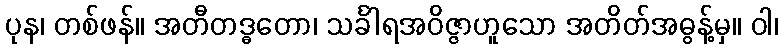
ပုန၊ တစ်ဖန်။ အတီတဒ္ဓတော၊ သင်္ခါရအဝိဇ္ဇာဟူသော အတိတ်အဓွန့်မှ။ ဝါ၊